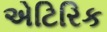
એટિરિક